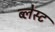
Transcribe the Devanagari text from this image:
ब्लेस्ट